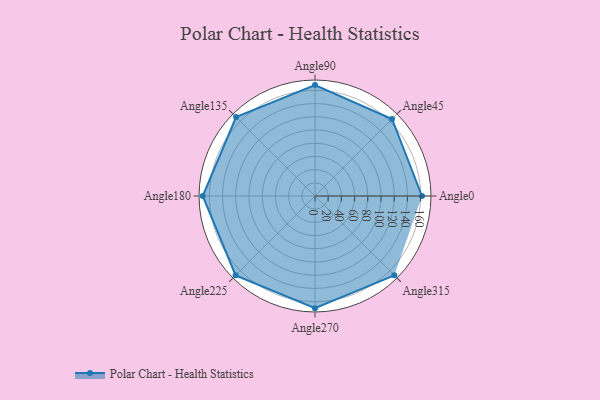
{"axis": {"x": "Angle", "y": "Radius"}, "legend": [""], "data": [{"x": "Angle0", "y": 162.0, "type": ""}, {"x": "Angle45", "y": 165.0, "type": ""}, {"x": "Angle90", "y": 168.0, "type": ""}, {"x": "Angle135", "y": 169.0, "type": ""}, {"x": "Angle180", "y": 170, "type": ""}, {"x": "Angle225", "y": 170, "type": ""}, {"x": "Angle270", "y": 170, "type": ""}, {"x": "Angle315", "y": 170, "type": ""}]}